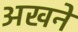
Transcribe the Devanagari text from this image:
अखने